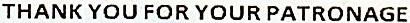
THANK YOU FOR YOUR PATRONAGE